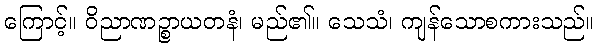
ကြောင့်။ ဝိညာဏဉ္စာယတနံ၊ မည်၏။ သေသံ၊ ကျန်သောစကားသည်။